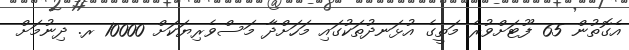
އެގޮތުން 65 ފޫޓަށްވުރެ މަތީގެ އުޅަނދުތަކުގައި މަހަށްދާ މަސްވެރިޔަކަށް 10000 ރ. ދިނުމަށް